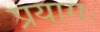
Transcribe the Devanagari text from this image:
प्रयागः